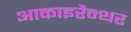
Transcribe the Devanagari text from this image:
आकाइरैन्थर